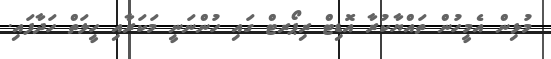
މުޅިން އެމީހުން ތައްޔާކުރާ އޮޑިޓް ރިޕޯރޓް ގައި ހުންނަނީ މަކަރާއި ހީލަތް ހަދާފައި.